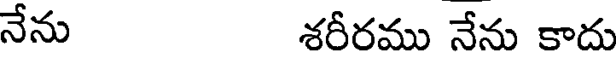
నేను శరీరము నేను కాదు